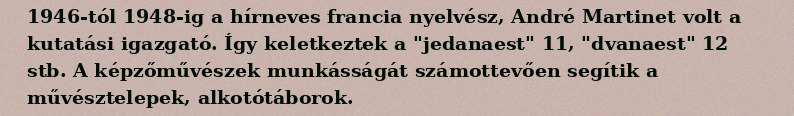
1946-tól 1948-ig a hírneves francia nyelvész, André Martinet volt a kutatási igazgató. Így keletkeztek a "jedanaest" 11, "dvanaest" 12 stb. A képzőművészek munkásságát számottevően segítik a művésztelepek, alkotótáborok.